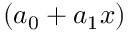
( a _ { 0 } + a _ { 1 } x )